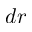
d r